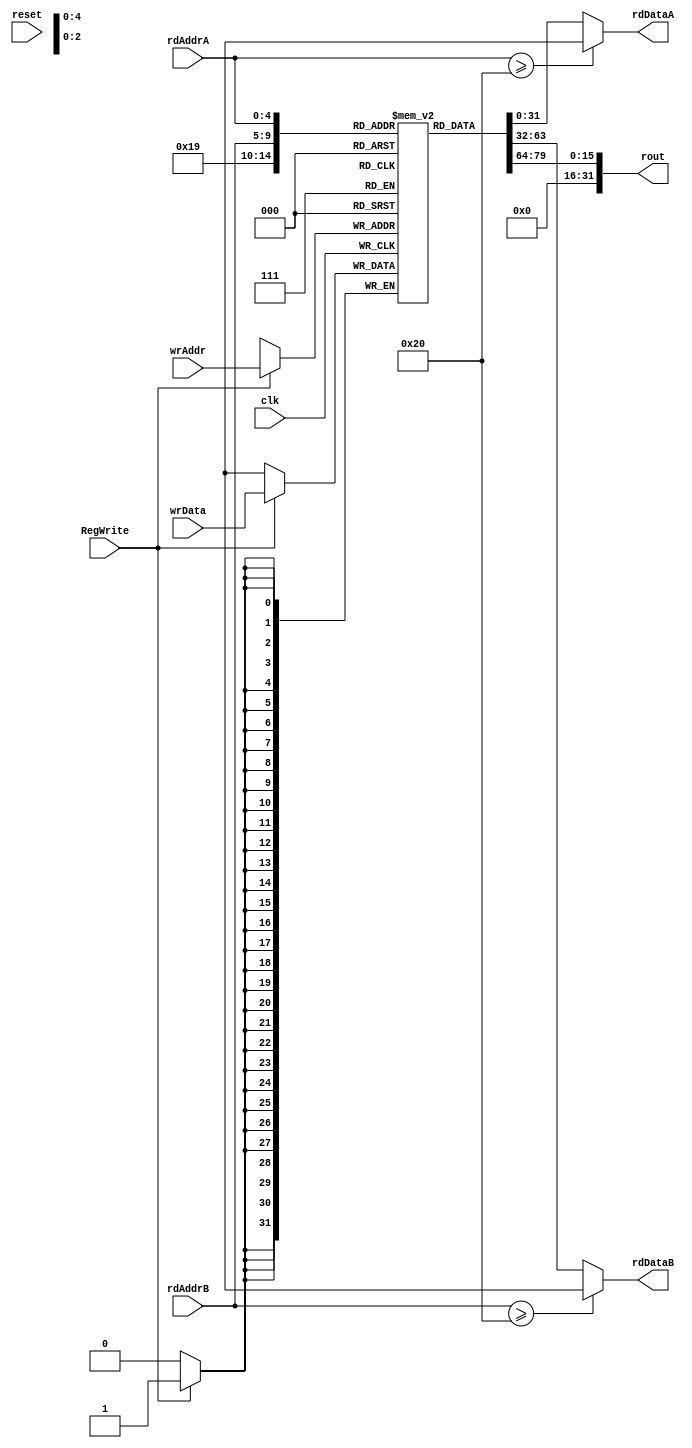
`timescale 1ns / 1ps

//Register File
//16CS10058 Lovish Chopra
//16CS10057 Himanshu Mundhra

module regFile32x32
  (
	input reset,
	input clk,
   input RegWrite,				//To decide if we need to write or not
   input [4:0] wrAddr,			//If Yes, at what address
   input [31:0] wrData,       //And what data
   input [4:0] rdAddrA,       //Read Addresses and Read Data
   output reg [31:0] rdDataA,
   input [4:0] rdAddrB,
   output reg [31:0] rdDataB,
	output [31:0] rout
  );

	reg [31:0] r[31:0]; 
	
	initial					//Initially make all registers 0
			begin
			r[0]=32'b0;	r[8]=32'b0;	r[16]=32'b0;	r[24]=32'b0;	
			r[1]=32'b0; r[9]=32'b0;	r[17]=32'b0;	r[25]=32'b0;	
			r[2]=32'b0; r[10]=32'b0;	r[18]=32'b0;	r[26]=32'b0;	
			r[3]=32'b0; r[11]=32'b0;	r[19]=32'b0;	r[27]=32'b0;	
			r[4]=32'b0; r[12]=32'b0;	r[20]=32'b0;	r[28]=32'b0;	
			r[5]=32'b0; r[13]=32'b0;	r[21]=32'b0;	r[29]=32'b0;	
			r[6]=32'b0; r[14]=32'b0;	r[22]=32'b0;	r[30]=32'b0;	
			r[7]=32'b0; r[15]=32'b0;	r[23]=32'b0;	r[31]=32'b0;	
			end
			
	assign rout=r[25][15:0];
	
   always @(*) 
		begin
			if(rdAddrB>=32) 
				rdDataB=32'hXXXXXXXX;       //Not possible, kept just to prevent latch
			else
				rdDataB=r[rdAddrB];          //Read Data
				
			if(rdAddrA>=32) 
				rdDataA=32'hXXXXXXXX;
			else
				rdDataA=r[rdAddrA];          //Read Data
			
		end
		
   always @(posedge clk)            //Write Operation
		begin
      if (RegWrite) 
				r[wrAddr]=wrData;
		end
		
endmodule